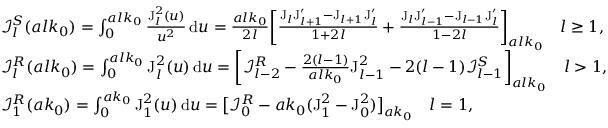
\begin{array} { r l } & { \mathcal { I } _ { l } ^ { S } ( a l k _ { 0 } ) = \int _ { 0 } ^ { a l k _ { 0 } } \frac { \mathrm { J } _ { l } ^ { 2 } ( u ) } { u ^ { 2 } } \, \mathrm { d } u = \frac { a l k _ { 0 } } { 2 l } \bigg [ \frac { \mathrm { J } _ { l } \mathrm { J } _ { l + 1 } ^ { \prime } - \mathrm { J } _ { l + 1 } \mathrm { J } _ { l } ^ { \prime } } { 1 + 2 l } + \frac { \mathrm { J } _ { l } \mathrm { J } _ { l - 1 } ^ { \prime } - \mathrm { J } _ { l - 1 } \mathrm { J } _ { l } ^ { \prime } } { 1 - 2 l } \bigg ] _ { a l k _ { 0 } } \quad l \geq 1 , } \\ & { \mathcal { I } _ { l } ^ { R } ( a l k _ { 0 } ) = \int _ { 0 } ^ { a l k _ { 0 } } \mathrm { J } _ { l } ^ { 2 } ( u ) \, \mathrm { d } u = \bigg [ \mathcal { I } _ { l - 2 } ^ { R } - \frac { 2 ( l - 1 ) } { a l k _ { 0 } } \mathrm { J } _ { l - 1 } ^ { 2 } - 2 ( l - 1 ) \mathcal { I } _ { l - 1 } ^ { S } \bigg ] _ { a l k _ { 0 } } \quad l > 1 , } \\ & { \mathcal { I } _ { 1 } ^ { R } ( a k _ { 0 } ) = \int _ { 0 } ^ { a k _ { 0 } } \mathrm { J } _ { 1 } ^ { 2 } ( u ) \, \mathrm { d } u = \big [ \mathcal { I } _ { 0 } ^ { R } - a k _ { 0 } ( \mathrm { J } _ { 1 } ^ { 2 } - \mathrm { J } _ { 0 } ^ { 2 } ) \big ] _ { a k _ { 0 } } \quad l = 1 , } \end{array}